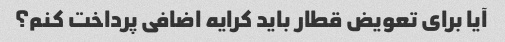
آیا برای تعویض قطار باید کرایه اضافی پرداخت کنم؟